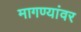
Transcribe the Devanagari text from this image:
मागण्यांवर